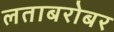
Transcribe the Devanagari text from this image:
लताबरोबर